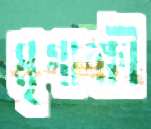
মৃগাক্ষী